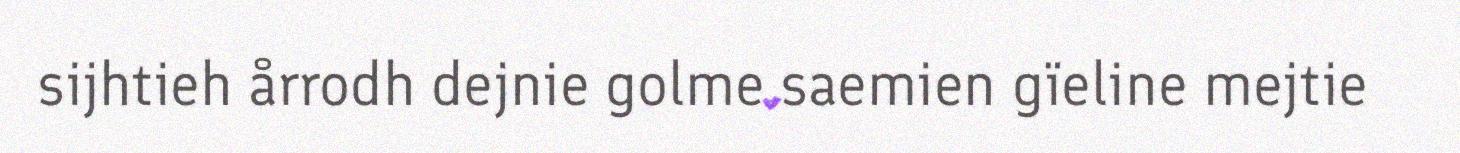
sijhtieh årrodh dejnie golme saemien gïeline mejtie